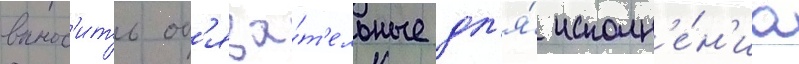
вынос'ить об'яза́т'ельные дл'я́ исполн'е́н'иа